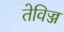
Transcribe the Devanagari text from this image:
तेविज्ज